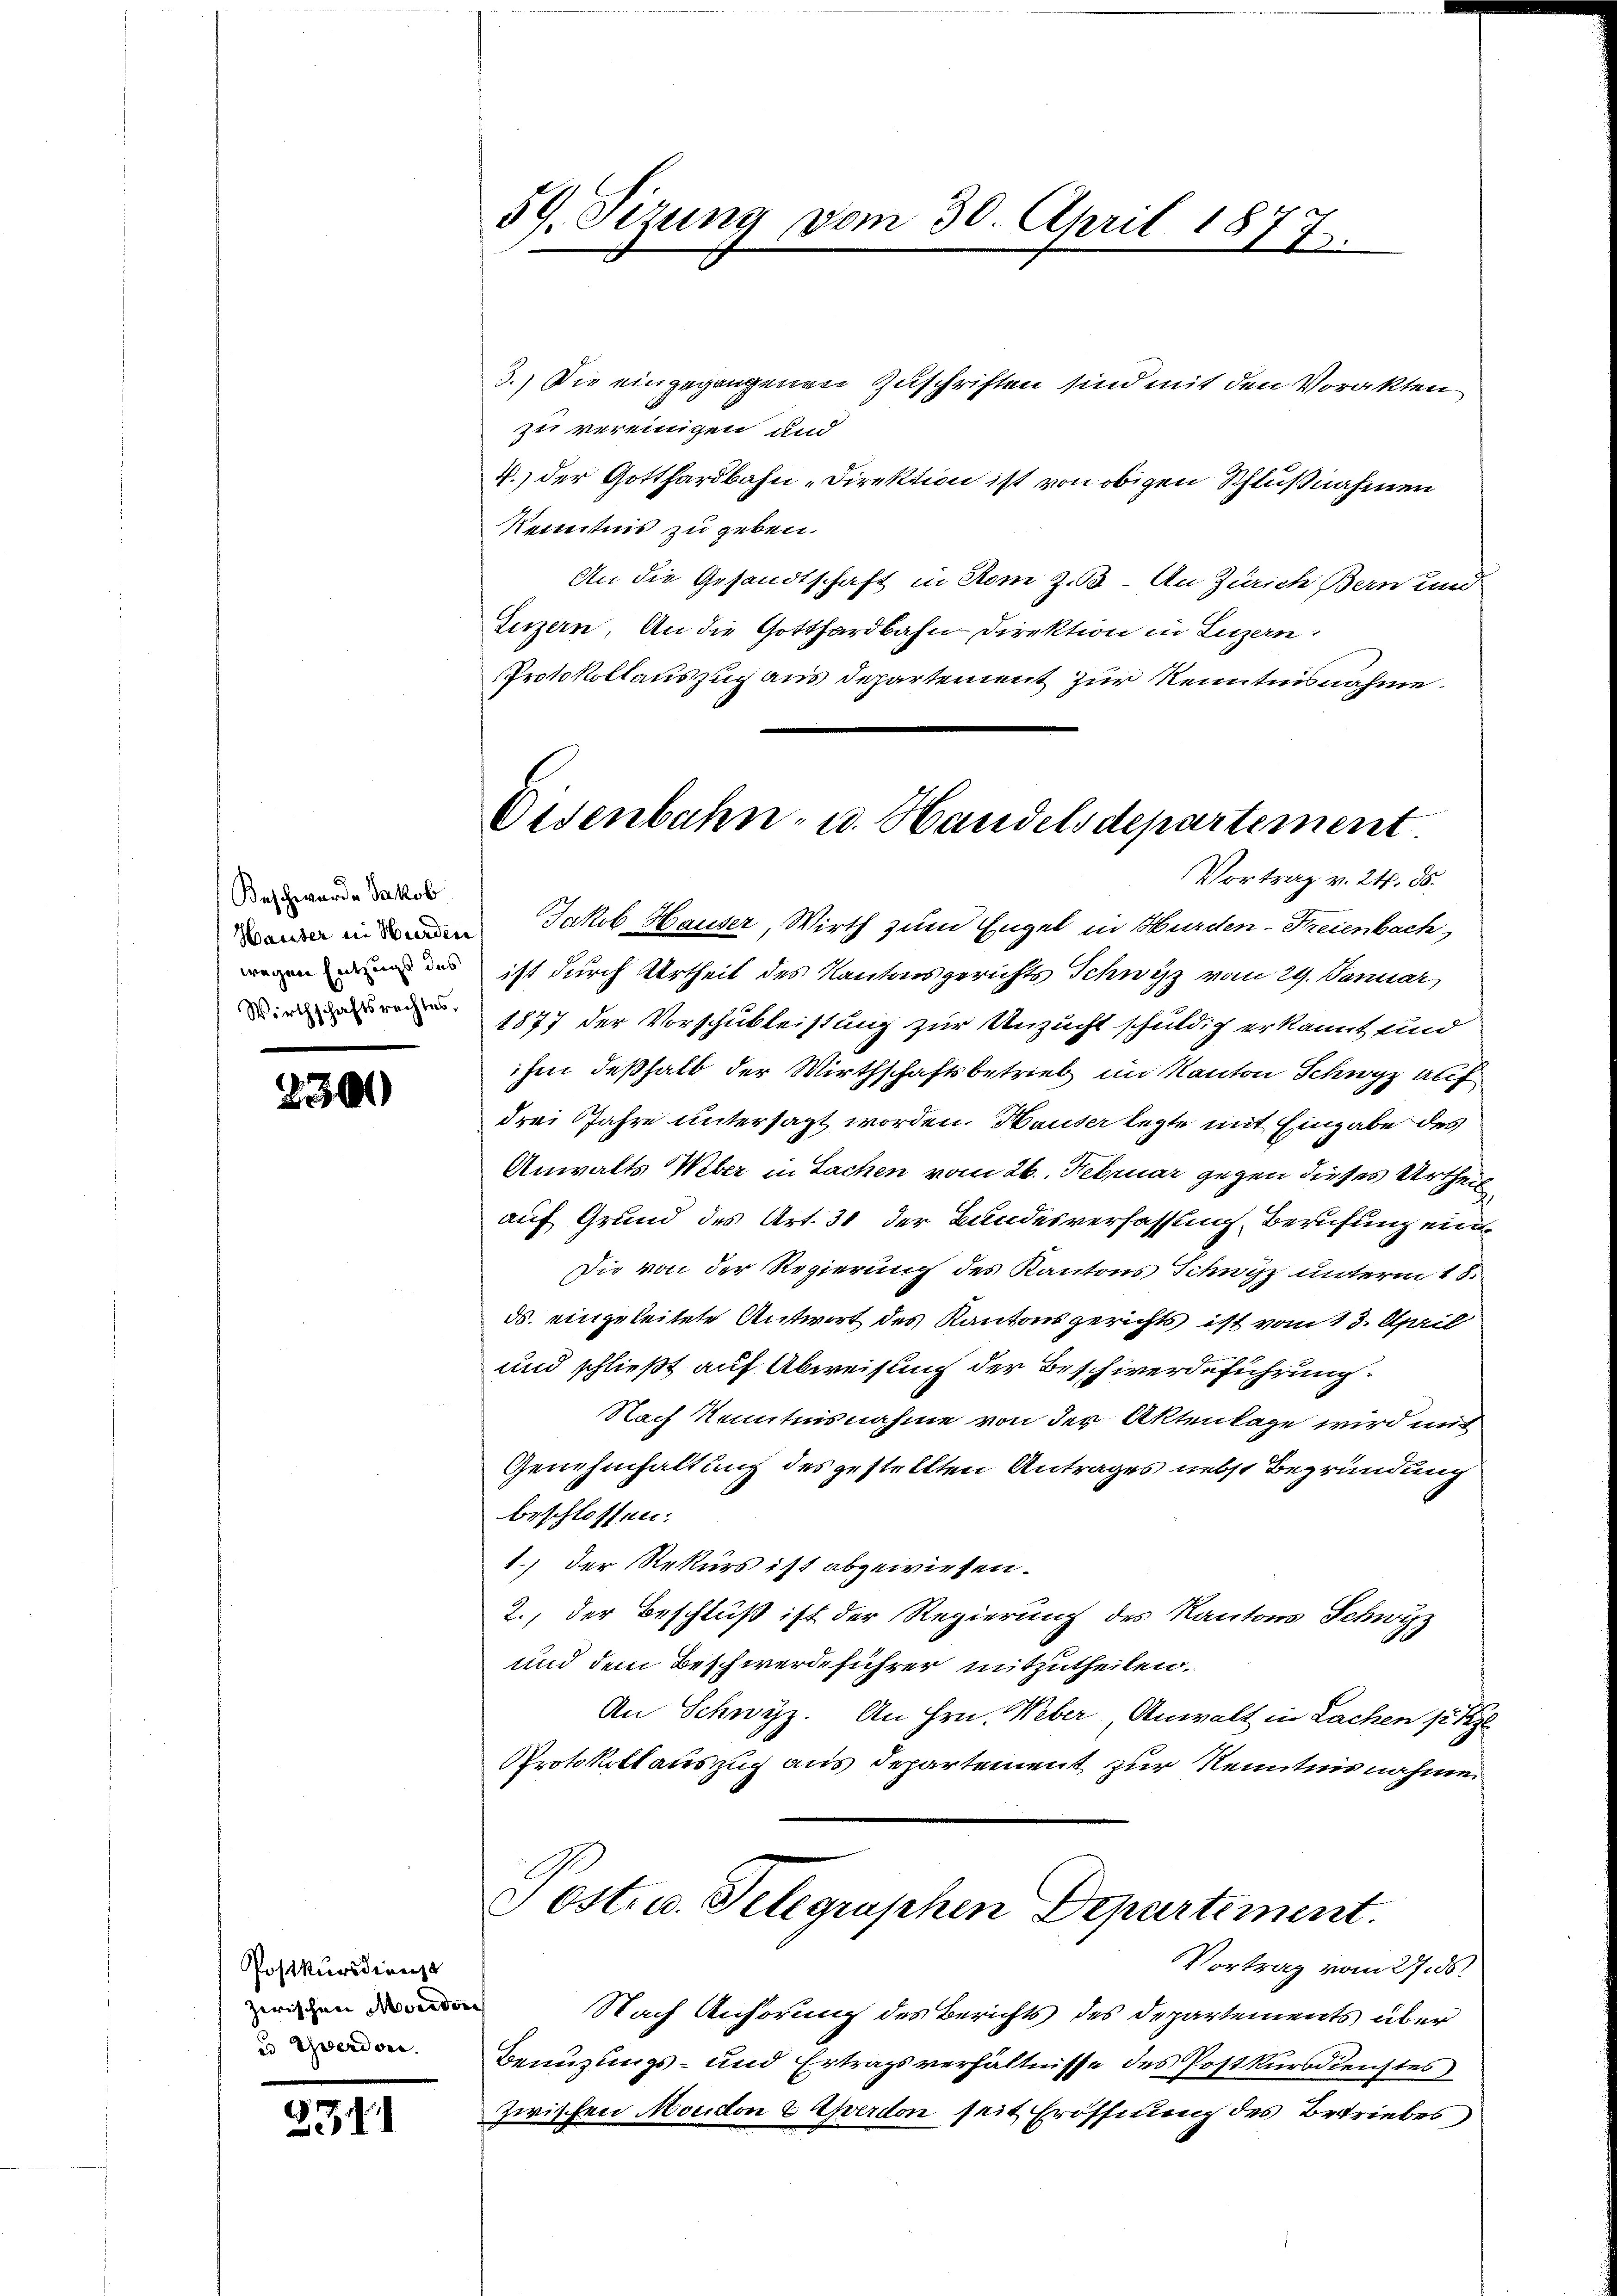
Beschwerde Jakob
wegen Entzugs des
Wirthschaftsrechtes.

2300

Postkursdienze
zwischen Mordere
u Yverdone.

311

59. Sizung vom 30. April 1877.

Disenbahn- u. Handelsdepartement.
Vortrag v. 24. 85.

3.) Die eingegangenen Zuschriften sind mit den Vorakten
zu vereinigen und
4.) der Gotthardbahn-Direktion ist von obigen Schlußnahmen
Kenntnis zu geben.
An die Gesandtschaft in Rom z. B. An Zürich Bern und
Luzern. An die Gotthardbahn Direktion in Luzern:
Protokollauszug aus Departement zur Kenntnisnahme.
en in Jakob Hauser, Wirth zum Engel in Hurden-Freienbach,
ist durch Urtheil des Kantonsgerichts Schwyz vom 29. Januar
1877 der Vorschubleistung zur Unzucht schuldig erkannt und
ihm deßhalb der Wirthschaftsbetrieb im Kanton Schwyz auf
drei Jahre untersagt worden. Bauter legte mit Eingabe des
Anwalts Weber in Sachen vom 26. Februar gegen dieses Urtheil
auf Grund des Art. 31 der Bundesverfassung, Berufung ein¬
Die von der Regierung des Kantons Schwyz unterm 18.
ds. eingeleitete Antwort des Kantonsgerichts ist vom 13. April
und schließt auf Abweisung der Beschwerdeführung.
Nach Kenntnisnahme von der Aktenlage wird mit
Genehmhaltung des gestellten Antrages nebst Begründung
beschlossen:
1.) Der Rekurs ist abgewiesen.
2., der Beschluß ist der Regierung des Kantons Schwyz
und dem Beschwerdeführer mitzutheilen.
An Schwyz. An Hrn. Weber Anwalt in Sachen sie z
Protokollauszug aus Departement zur Kenntnisnahmen
Post. u. Telegraphen Departement.
Vortrag vom 27. ds.
Nach Anhörung des Berichts des Departements über
Benuzungs- und Ertragsverhältnisse des Postkursdienstes
zwischen Mondton & verdon seit Eröffnung des Betriebes